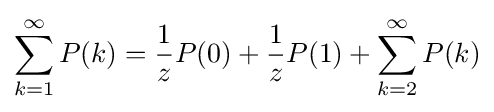
\sum _{k=1}^{\infty }P(k)={\frac {1}{z}}P(0)+{\frac {1}{z}}P(1)+\sum _{k=2}^{\infty }P(k)